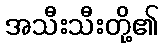
အသီးသီးတို့၏